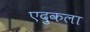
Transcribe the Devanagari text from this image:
एदुकला